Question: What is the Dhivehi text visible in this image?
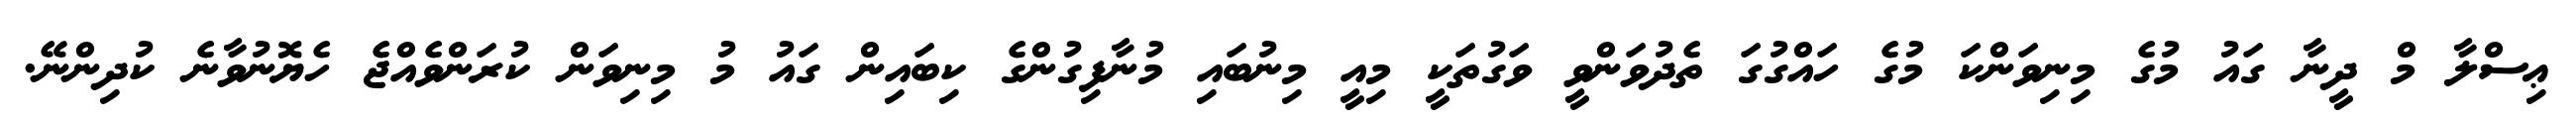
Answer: ޢިސްލާ މް ދީނާ ގައު މުގެ މިނިވަންކަ މުގެ ހައްގުގަ ތެދުވަންވީ ވަގުތަކީ މިއީ މިނުބައި މުނާފިގުންގެ ކިބައިން ގައު މު މިނިވަން ކުރަންވެއްޖެ ހެޔޮނުވާނެ ކުދިންނޭ.